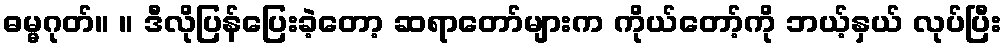
ဓမ္မဂုတ်။ ။ ဒီလိုပြန်ပြေးခဲ့တော့ ဆရာတော်များက ကိုယ်တော့်ကို ဘယ့်နှယ် လုပ်ပြီး